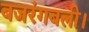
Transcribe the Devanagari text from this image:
बजरंगबली।